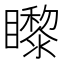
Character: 𥌛